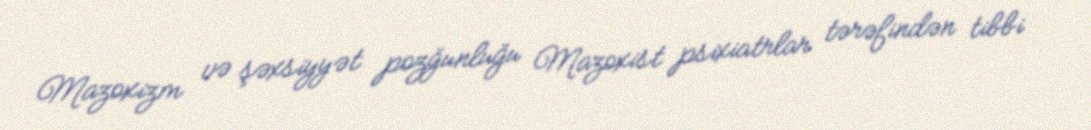
Mazoxizm və şəxsiyyət pozğunluğu Mazoxist psixiatrlar tərəfindən tibbi